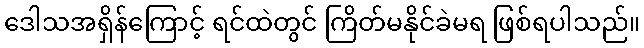
ဒေါသအရှိန်ကြောင့် ရင်ထဲတွင် ကြိတ်မနိုင်ခဲမရ ဖြစ်ရပါသည်။